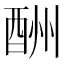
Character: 酬